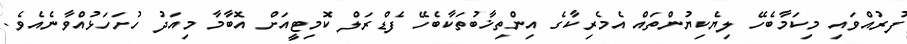
ފުރުއްވައި މިކަމާބެހޭ ލިޔެކިޔުންތައް އެމެރިކާގެ އިންތިޚާބުތަކާބެހޭ ފެޑްރަލް ކޮމިޓީއަށް އޮބާމާ މިއަދު ހުށަހަޅުއްވާނެއެވެ.